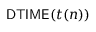
{ \mathsf { D T I M E } } ( t ( n ) )